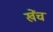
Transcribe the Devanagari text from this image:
खेंच